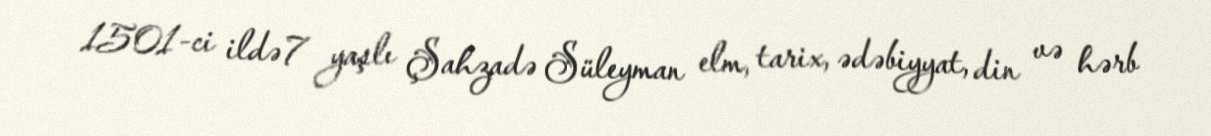
1501-ci ildə 7 yaşlı Şahzadə Süleyman elm, tarix, ədəbiyyat, din və hərb